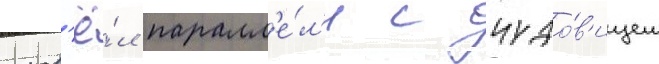
пров'ё́л паралл'е́л'и с чудо́в'ищем